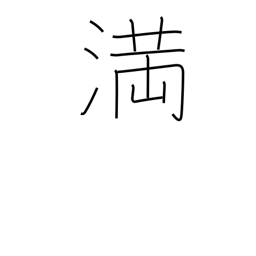
Meaning: enough